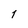
Character: 1